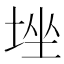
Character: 𡌚